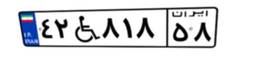
۴۲W۸۱۸۵۸